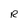
Character: R